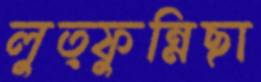
লুত্ফুন্নিছা